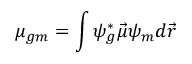
\mu _ { g m } = \int \psi _ { g } ^ { * } \vec { \mu } \psi _ { m } d \vec { r }